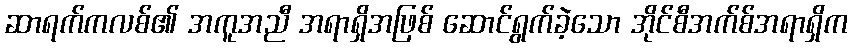
ဆာရက်ကလစ်၏ အကူအညီ အရာရှိအဖြစ် ဆောင်ရွက်ခဲ့သော အိုင်စီအက်စ်အရာရှိက